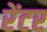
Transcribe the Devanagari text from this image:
रेंटर